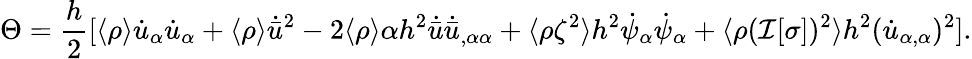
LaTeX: \Theta=\frac{h}{2}[\langle\rho\rangle\dot{u}_{\alpha}\dot{u}_{\alpha}+\langle\rho\rangle\dot{\bar{u}}^{2}-2\langle\rho\rangle\alpha h^{2}\dot{\bar{u}}\dot{\bar{u}}_{,\alpha\alpha}+\langle\rho\zeta^{2}\rangle h^{2}\dot{\psi}_{\alpha}\dot{\psi}_{\alpha}+\langle\rho(\mathcal{I}[\sigma])^{2}\rangle h^{2}(\dot{u}_{\alpha,\alpha})^{2}].